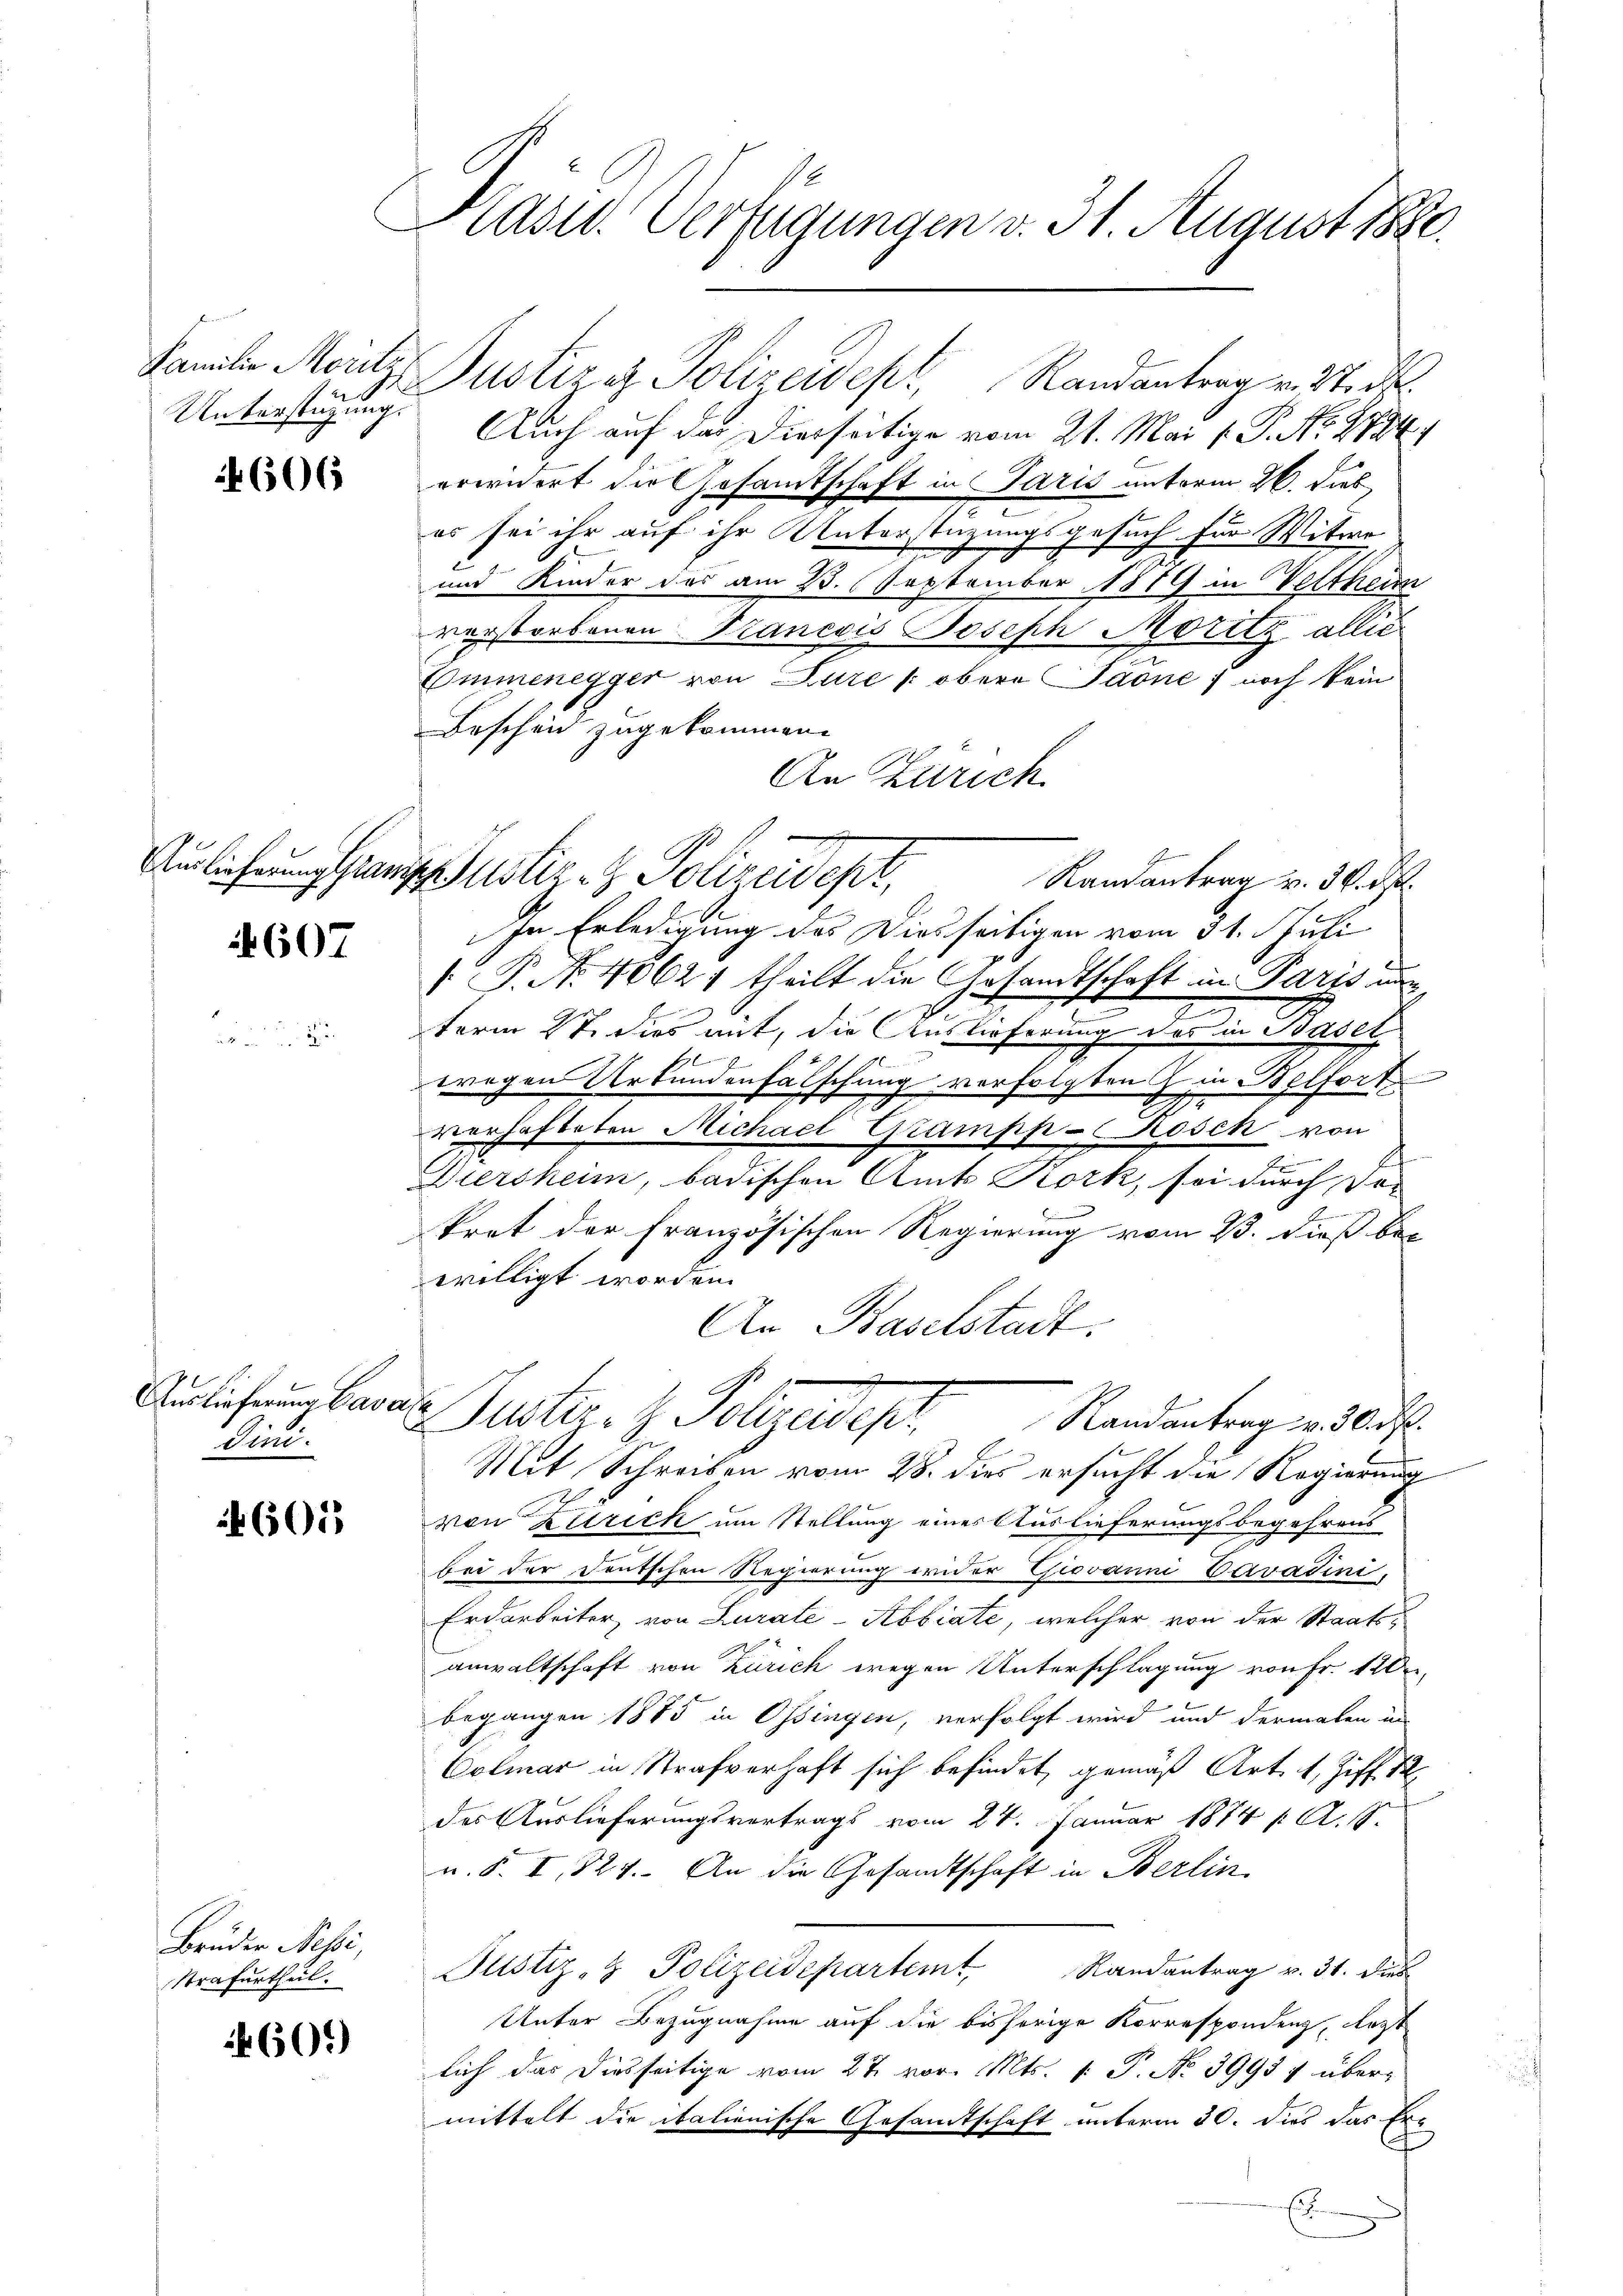
Unterstüzung.

606

607

Auslieferung Caval
Din.

601

Bruder Nessi,
Strafurtheil.

601)

Kasid. Verfügungen v. 31. August 1880.

Auslichungsrange Justiz- & Polizeidet,

Familie Moritz Justiziz Polizeidept, Randantrag v. Stadt
Auch auf das Dierseitige vom 21. Mai l. P. No. 2784.
erwidert die Gesamtschaft in Paris unterm 26. dies,
es sei ihr auf ihr Unterstüzungsgesuch für Witwe
und Kinder das am 23. September 1819 in Veltheim
verstorbenen Brancois Joseph Moritz allic
Commenegger von Lure / obere Paone; noch kein
Bescheid zugekommen
An Zürich
In Erledigung des Diesseitigen vom 31. Juli
.P. N. 40621 theilt die Gesandtschaft in Paris un
e
term 17. dies mit, die Auslieferung des in Basel
wrogen Urkundenfälschung verfolgten in Belfort
verhafteten Michael Grampp-Rosch von
E
Diersheim, badischen Amts Kork, sei durch Vor
E
kret der Französischen Regierung vom 23. dieß bewilligt worden.
An Baselstadt.
4
Justiz- & Polizeidep
Randantrag v. 30. d.
Mit Schreiben vom 28. dies ersucht die Regierung
von Zürich um Stellung eines Auslieferungsbegehrens
bei der Deutschen Regierung wider Giovanni Cavadini,
Erdarbeiter, von Lurate-Abbiate, welcher von der Staatsanwaltschaft von Zürich wegen Unterschlagung von Fr. 120
begangen 1875 in Ossingen, verfolgt wird und dermalen in
Colmar in Strafverhaft sich befindet, gemäß Art. 4, Ziff. 12
des Auslieferungsvertrags vom 24. Januar 1874 / A. S.
u. S. I, 824. An die Gesandtschaft in Berlin
Justiz- & Polizeidepartem Randantrag v. 31. dies
Unter Bezugnahme auf die bisherige Korrespondenz, lezt
lich das diesseitige vom 27. vor. Mts. 1. P. No 39957 übermittelt die italienische Gesandtschaft unterm 30. Dies das Er-
f
E

Randantrag v. 36. d.